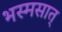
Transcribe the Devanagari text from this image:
भस्मसात्